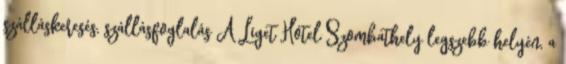
szálláskeresés, szállásfoglalás A Liget Hotel Szombathely legszebb helyén, a